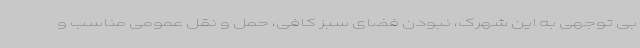
بی توجهی به این شهرک، نبودن فضای سبز کافی، حمل و نقل عمومی مناسب و